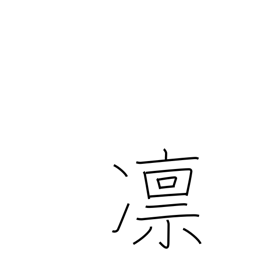
Meaning: strict